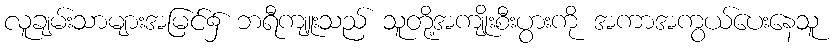
လူချမ်းသာများအမြင်၌ ဘရီကျူးသည် သူတို့အကျိုးစီးပွားကို အကာအကွယ်ပေးနေသူ